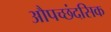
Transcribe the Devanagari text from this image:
औपच्छंदसिक